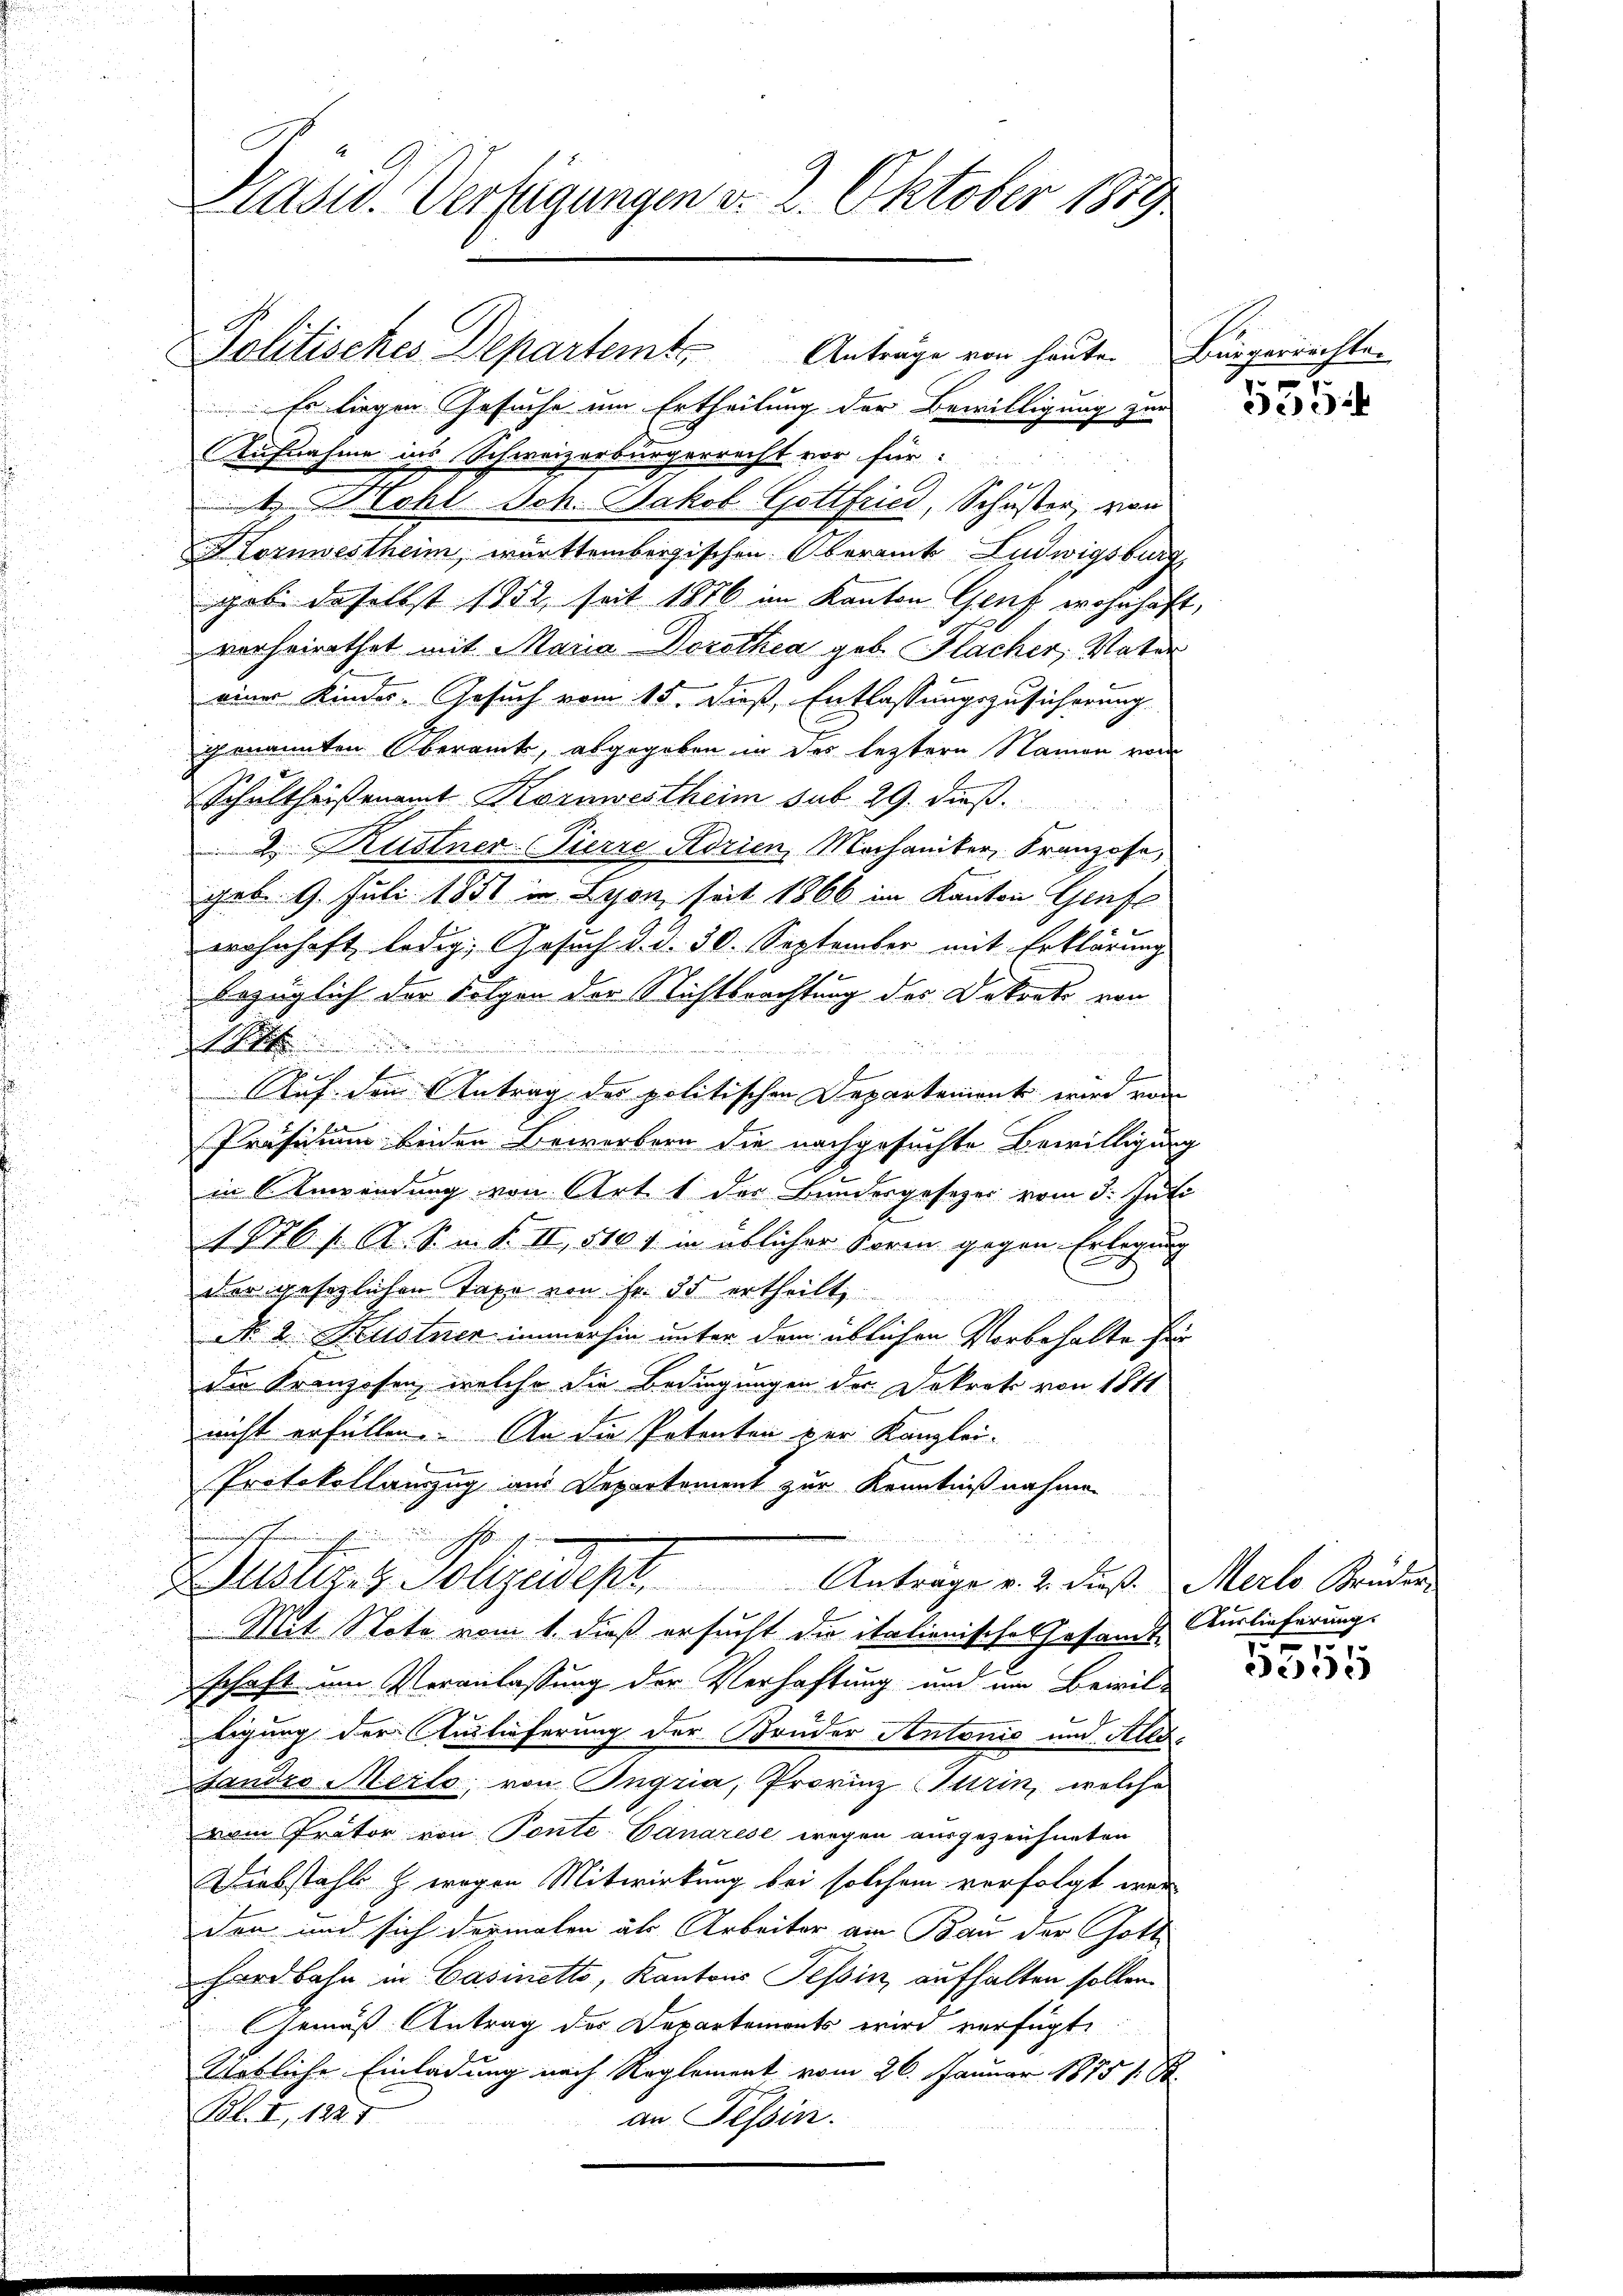
Hasw. Verfügungen d. 2. Oktober 1889

Es liegen Gesuche um Ertheilung der Bewilligung zur
Aufnahme ins Schweizerbürgerrecht vor für:
Köhl Joh. Jakob Gottfried, Schuster, von
Fornestheim, württembergischen Oberamt Ludwigsburg
gabe daselbst 1852, seit 1876 im Kanton Genf wohnhaft,
vorheirathet mit Maria Dorothea geb. Flacher, Vater
einer Kindes. Gesuch vom 15. Dieß, Entlassungszusicherung
genannten Oberamt, abgegeben in des leztern Namen vom
Schultheisenamt Kornwestheim sub 29. dieß.
2. Kustner-Pierre Adrien, Mechaniker, Franzose,
geb. 9. Juli 1851 u. Lesen seit 1866 im Kanton Gruf
wohnhaft ledig, Gesuch d. d. 30. September mit Erklärung
bezüglich der Folgen der Stichtbrachtung des Dekorte von
S

f
E
Auf dem Antrag des politischen Departement wird vom
Präsidium beiden Bewerbern die nachgesuchte Bewilligung
in Anwendung von Art. 1 der Bundesgesezes vom 3. Juli
1876 f. A. S. i. S. II, 516 1 in üblicher Form gegen Erlegung
der gesezlichen Taxe von Fr. 35 ertheilt,
No. 2. Fenstner immerhin unter dem üblichen Vorbehalte für
die Kranzosen, welche die Bedingungen der Dekrets von 1811
nicht erfüllen. An die Petenten ver Kanzlei-
Protokollanzug aus Departement zur Kenntnißnahmen
minister
1
Justiz- & Polizeideph. Anträge v. 2. diese Male Kruder
Mit Note vom 1. dieß ersucht die italienische Gesamt Auslieferung.
schaft im Veranlassung der Verhaftung und um Brivil-
ligung der Auslieferung der Bruder Antonis und Alle
Standes Merlo; von Ingria, Provinz Murin, welche
vom Prator von Ponte-Canarese wegen ausgezeichneten
Diebstahl & wegen Mitwirkung bei solchem verfolgt werden und sich dermalen als Arbeiter am Bau der Gott
hardbahn in Casinetto, Kantons Tessin, aufhalten sollen.
Gemäß Antrag des Departemonts wird verfügt,
Uebliche Einladung nach Reglement vom 26. Januar 1855 1 St.
B. I, 1827
an Tessin.

Politisches Departemt Anträge von heute.

Bürgerrechten
n

335

n

3335